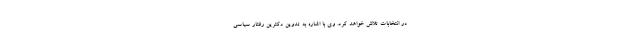
در انتخابات تلاش خواهد کرد. وی با اشاره به تدوین دکترین رفتار سیاسی